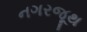
નગરજૂથ